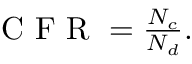
\begin{array} { r } { \textrm { C F R } = \frac { N _ { c } } { N _ { d } } . } \end{array}